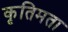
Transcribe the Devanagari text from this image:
कृतिमता